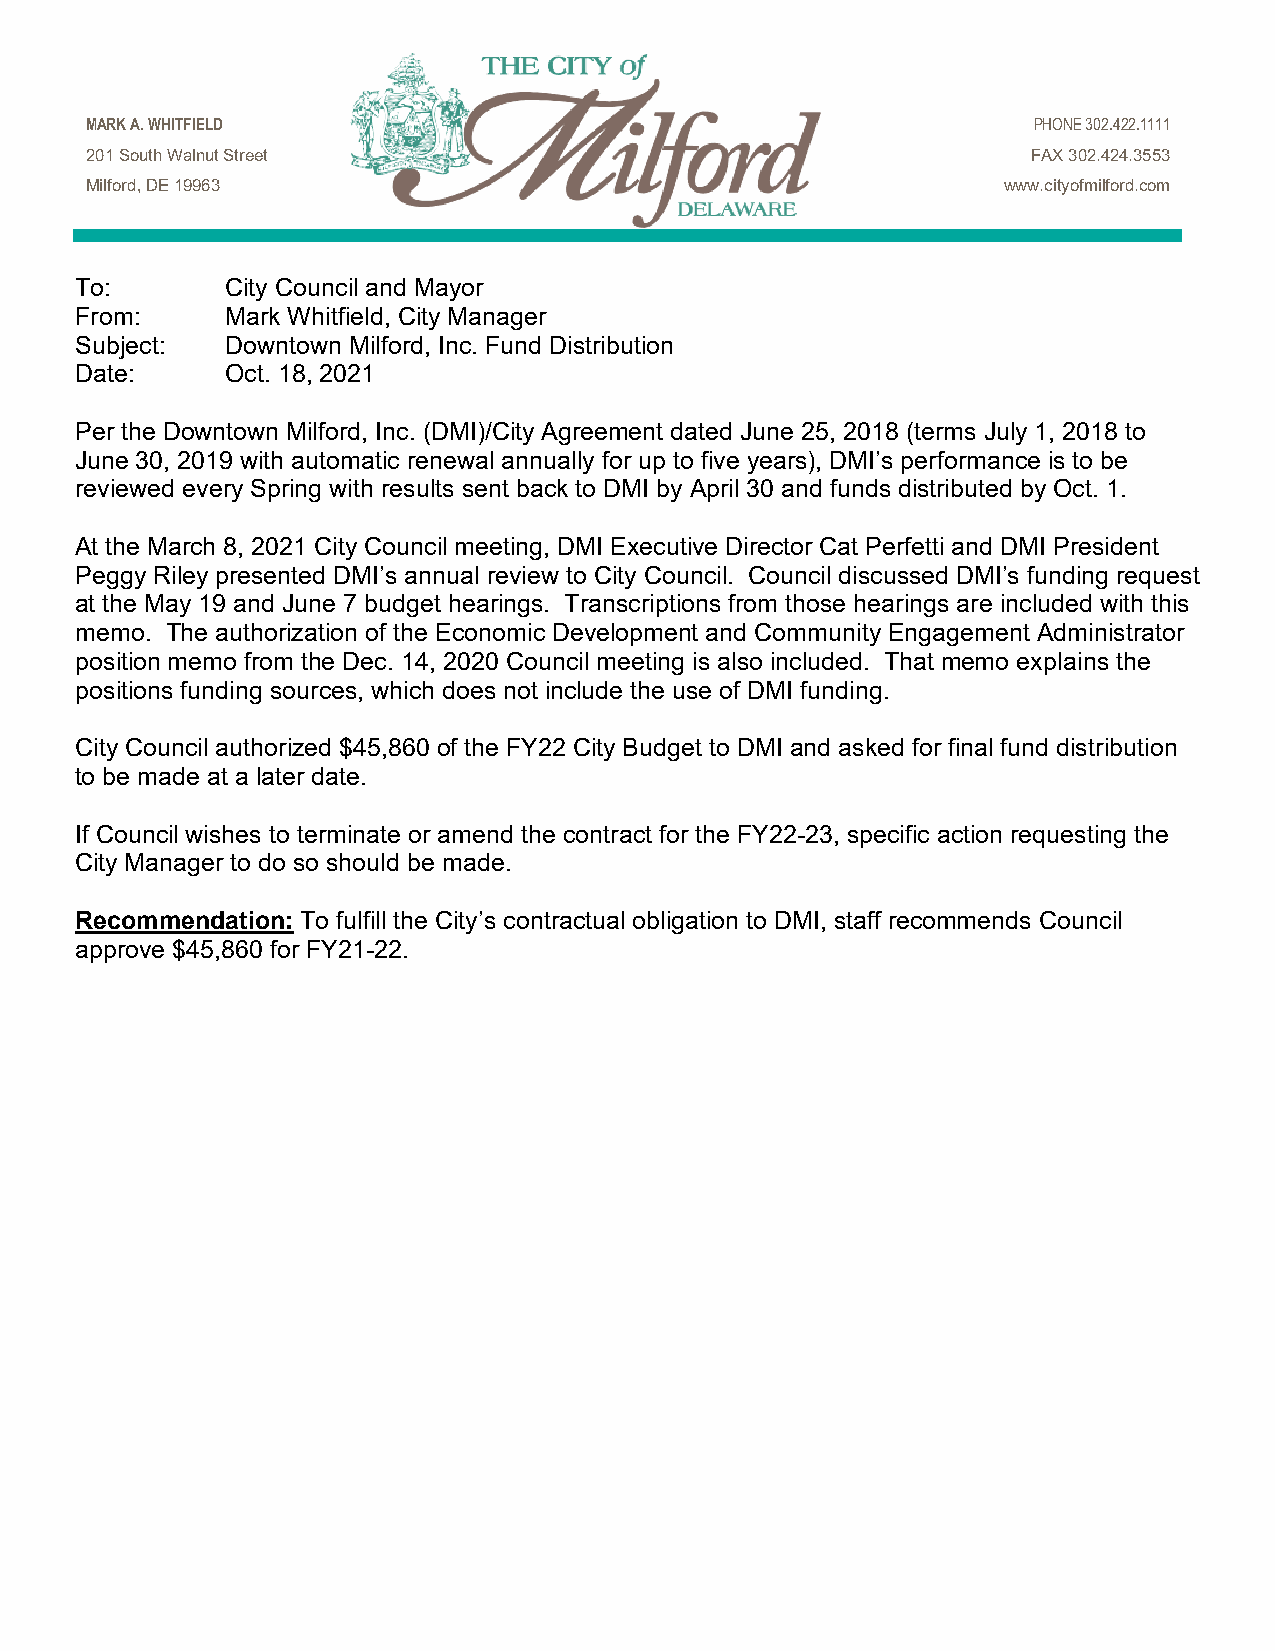
MARK A. WHITFIELD                                             PHONE 302.422.1111
 201 South Walnut Street                                       FAX 302.424.3553
 Milford, DE 19963                                           www.cityofmilford.com
 To:       City Council and Mayor
 From:     Mark Whitfield, City Manager
 Subject:  Downtown Milford, Inc. Fund Distribution
 Date:     Oct. 18, 2021
 Per the Downtown Milford, Inc. (DMI)/City Agreement dated June 25, 2018 (terms July 1, 2018 to
 June 30, 2019 with automatic renewal annually for up to five years), DMI’s performance is to be
 reviewed every Spring with results sent back to DMI by April 30 and funds distributed by Oct. 1.
 At the March 8, 2021 City Council meeting, DMI Executive Director Cat Perfetti and DMI President
 Peggy Riley presented DMI’s annual review to City Council. Council discussed DMI’s funding request
 at the May 19 and June 7 budget hearings. Transcriptions from those hearings are included with this
 memo. The authorization of the Economic Development and Community Engagement Administrator
 position memo from the Dec. 14, 2020 Council meeting is also included. That memo explains the
 positions funding sources, which does not include the use of DMI funding.
 City Council authorized $45,860 of the FY22 City Budget to DMI and asked for final fund distribution
 to be made at a later date.
 If Council wishes to terminate or amend the contract for the FY22-23, specific action requesting the
 City Manager to do so should be made.
 Recommendation: To fulfill the City’s contractual obligation to DMI, staff recommends Council
 approve $45,860 for FY21-22.